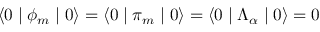
\langle 0 \mid \phi _ { m } \mid 0 \rangle = \langle 0 \mid \pi _ { m } \mid 0 \rangle = \langle 0 \mid \Lambda _ { \alpha } \mid 0 \rangle = 0